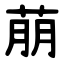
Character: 萠